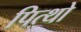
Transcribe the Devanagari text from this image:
पित्थो